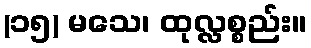
(၁၅) မသေ၊ ထုလ္လစ္စည်း။